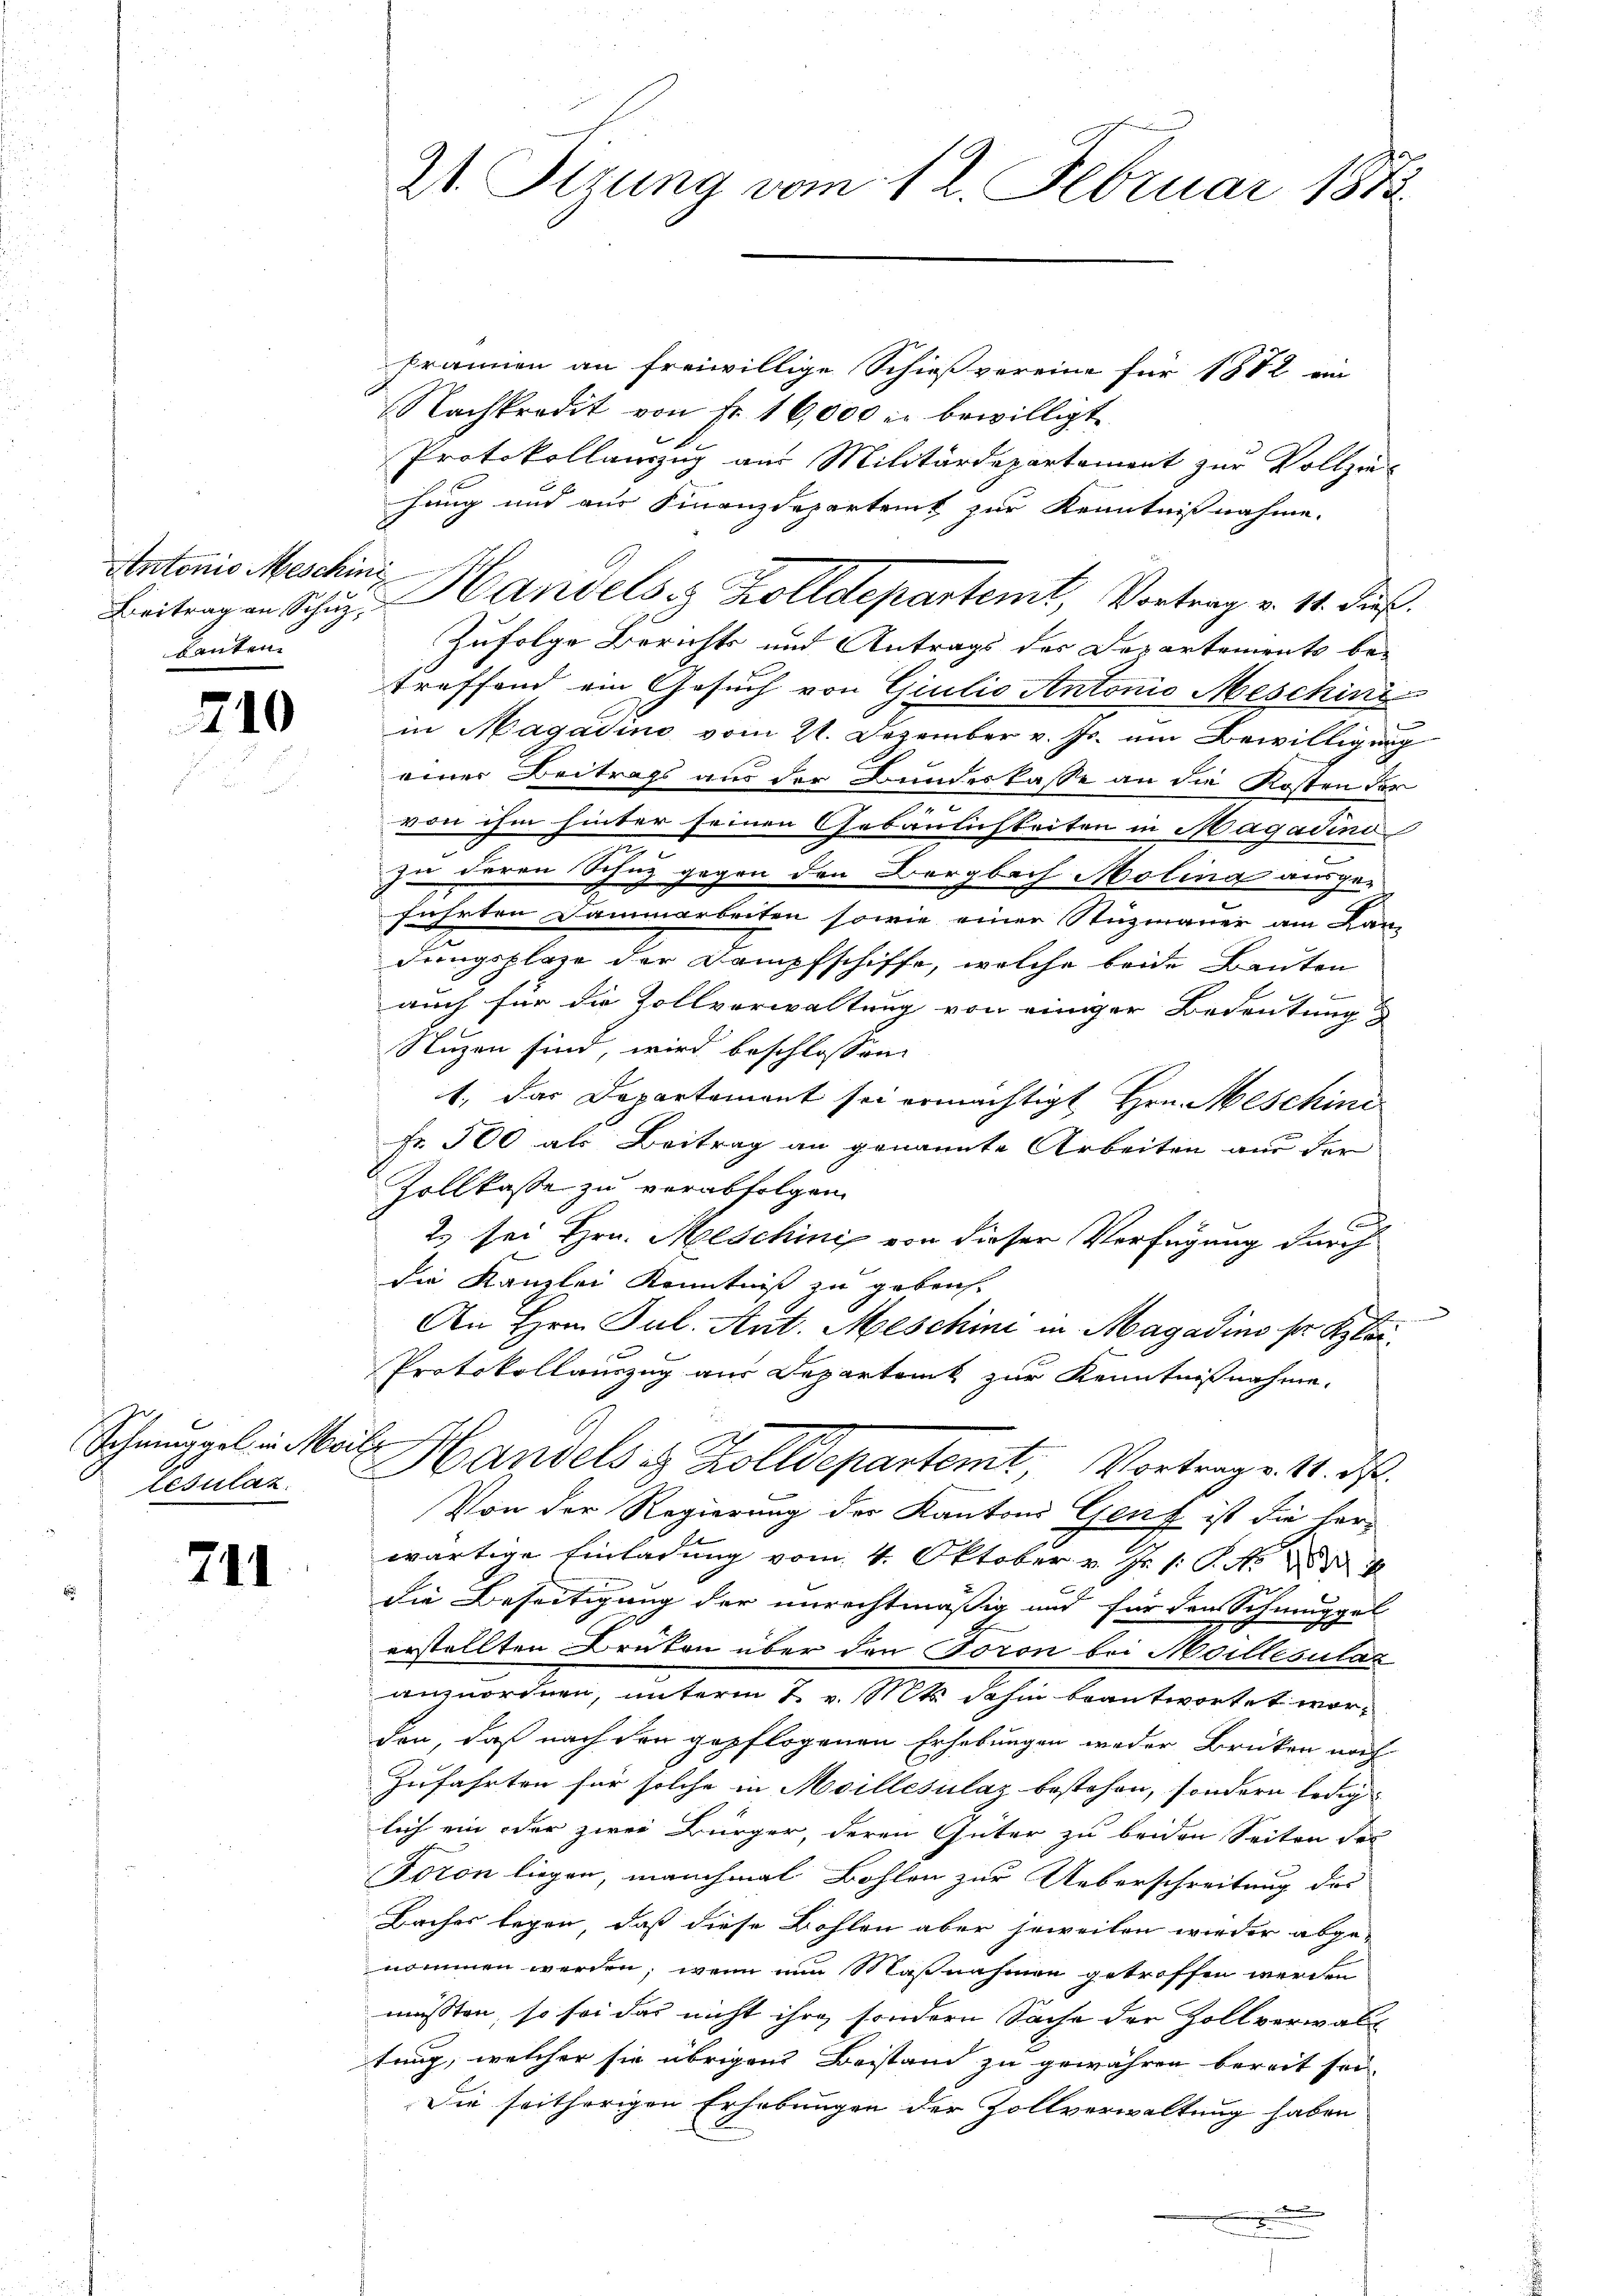
Antonio Meschini
kanten.

210

Schmuggel in Meile
Lisulat

711.

Framen an freiwillige Schießvereine für 1882 ein
Nachkredit von Fr. 16,000 l. bewilligt
Protokollamzug aus Militärdepartement zur Vollziehung und aus Finanzdepartent zur Kenntnißnahme.
Zufolge Berichts und Antrags des Departenirats be-
treffend ein Gesuch von Giulio Antonio Meschini
in Magadino vom 21. Dezember v. Js. um Bewilligung
einer Beitrags aus der Bundeskasse an die Kosten der
von ihm hinter seinen Gebäulichkeiten in Magadino
zu deren Schuz gegen den Bergbach Molina ausgeführten Dammarbeiten sowie einer Stuzmauer am Lan-
dungsplaze der Dampfschiffe, welche beide Bauten

auch für die Zollverwaltung von einiger Bedeutung
Nuzen sind, wird beschlossen:
1. das Departement sei ermächtigt Hrn. Meschini
Fr. 500 als Beitrag an genannte Arbeiten aus der
Zollkasse zu verabfolgen.
2. sei Hrn. Meschini von dieser Verfügung durch
die Kanzlei Kenntniß zu gebrach-
An Hrn. Jul. Ant. Meschini in Magazins ser Klei¬
Protokollauszug aus Departenk zur Kenntnißnahme.
Handels & Zolldepartemt, Vortrage. 11. ds.
Von der Regierung der Kantons Genf ist die her-
wärtige Einladung vom 4. Oktober v. J. /: P. Nr. 253. 4
die Beseitigung der unrechtmäßig und für den Schmuggel
erstellten Bruten über den Foron bei Moillésulaz
anzuordnen, unterm 2 v. Mts. dahin beantwortet worden, daß nach den gepflogenen Erhebungen weder Brüken noch
Zufahrten für solche in Meillesilaz bestehen, sondern ledig
lich ein oder zwei Bürger, deren Güter zu beiden Seiten des
Foron liegen, manchmal Bohlen zur Ueberschreitung des
Baches legen, daß diese Bohlen aber jeweilen wieder abge-
nommen werden; wenn nun Maßnahmen getroffen werden
müssten, so sei das nicht ihre sondern Sache der Zollverwalt
tung, welcher sie übrigen Beistand zu gewähren bereit sei.
Die seitherigen Erhebungen der Zollverwaltung haben

21. Sizung vom 12. Februar 1873.

Beitragen Schul, Handels Zolldepartemt, Vortrag v. 14. Fuß.